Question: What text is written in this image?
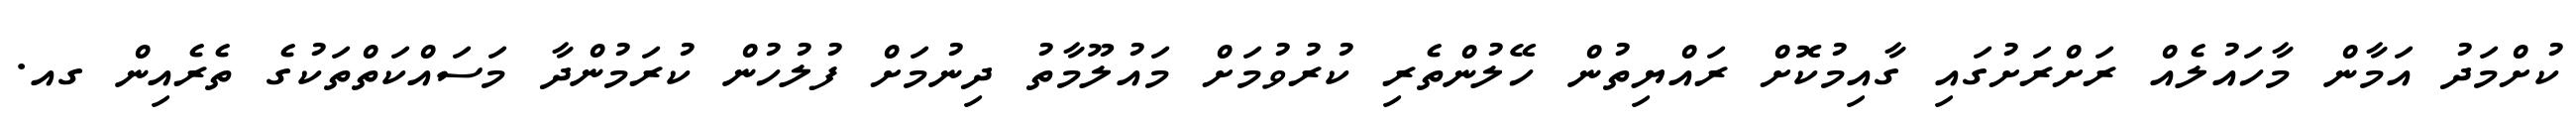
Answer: ކުށްމަދު އަމާން މާހައުލެއް ރަށްރަށުގައި ގާއިމުކޮށް ރައްޔިތުން ހޭލުންތެރި ކުރުވުމަށް މައުލޫމާތު ދިނުމަށް ފުލުހުން ކުރަމުންދާ މަސައްކަތްތަކުގެ ތެރެއިން ގއ.